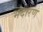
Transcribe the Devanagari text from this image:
भंदारण